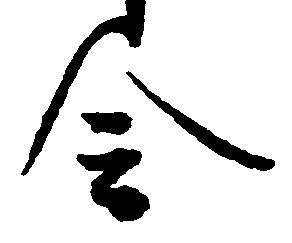
令